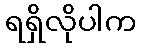
ရရှိလိုပါက